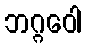
ဘဂ္ဂဝေါ